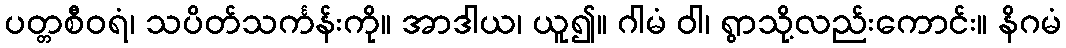
ပတ္တစီဝရံ၊ သပိတ်သင်္ကန်းကို။ အာဒါယ၊ ယူ၍။ ဂါမံ ဝါ၊ ရွာသို့လည်းကောင်း။ နိဂမံ